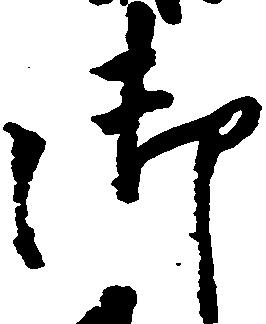
御